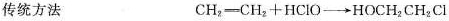
传统方法 \mathrm{CH}_{2}=\mathrm{CH}_{2}+\mathrm{HClO} \longrightarrow \mathrm{HOCH}_{2} \mathrm{CH}_{2} \mathrm{Cl}